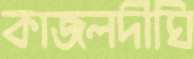
কাজলদীঘি